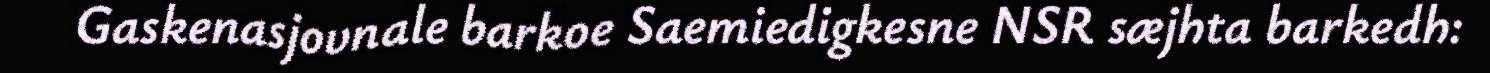
Gaskenasjovnale barkoe Saemiedigkesne NSR sæjhta barkedh: